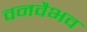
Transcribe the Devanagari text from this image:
वनवैभव